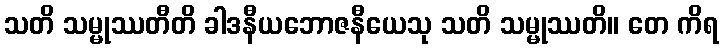
သတိ သမ္မုဿတီတိ ခါဒနီယဘောဇနီယေသု သတိ သမ္မုဿတိ။ တေ ကိရ